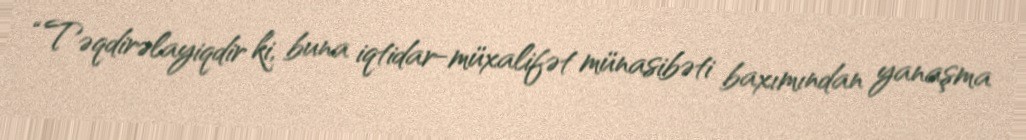
“Təqdirəlayiqdir ki, buna iqtidar-müxalifət münasibəti baxımından yanaşma